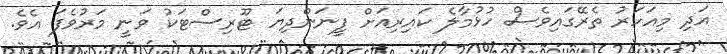
އަދި މިއަހަރު ތެރޭގައިވެސް ހުޅުމާލެ ކައިރިއަށް ފީނަންދިޔަ ޓޫރިސްޓަކު ވަނީ މަރުވެފަ އެވެ.